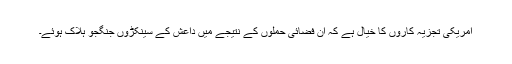
امریکی تجزیہ کاروں کا خیال ہے کہ اِن فضائی حملوں کے نتیجے میں داعش کے سینکڑوں جنگجو ہلاک ہوئے۔